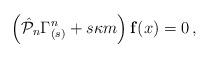
LaTeX: \begin{align*}\left( \hat{{\cal P}}_n \Gamma_{(s)} ^n +s\kappa m\right){\bf f}(x)=0\,,\end{align*}